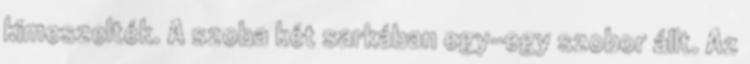
kimeszelték. A szoba két sarkában egy-egy szobor állt. Az